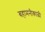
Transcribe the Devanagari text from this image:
बहामनीकाळी